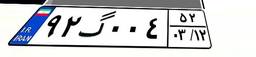
۹۲گ۰۰۴۵۲